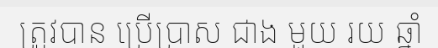
ត្រូវបាន ប្រើប្រាស ជាង មួយ រយ ឆ្នាំ